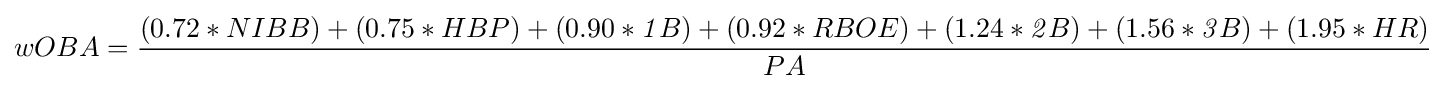
wOBA={\frac {(0.72*NIBB)+(0.75*HBP)+(0.90*{\mathit {1}}B)+(0.92*RBOE)+(1.24*{\mathit {2}}B)+(1.56*{\mathit {3}}B)+(1.95*HR)}{PA}}